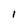
Character: I